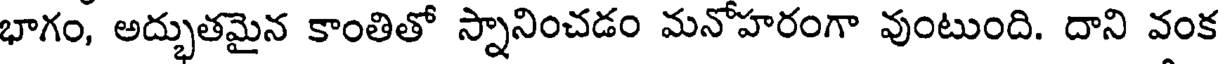
భాగం, అద్భుతమైన కాంతితో స్నానించడం మనోహరంగా వుంటుంది. దాని వంక